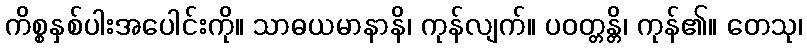
ကိစ္စနှစ်ပါးအပေါင်းကို။ သာဓယမာနာနိ၊ ကုန်လျက်။ ပဝတ္တန္တိ၊ ကုန်၏။ တေသု၊